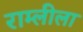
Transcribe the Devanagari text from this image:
राम्लीला